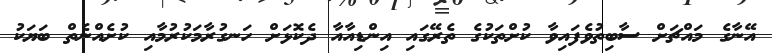
އޭނާގެ މައްޗަށް ސާބިތުވެފައިވާ ކުށްތަކުގެ ތެރޭގައި އިންޑިއާއާ ދެކޮޅަށް ހަނގުރާމަކުރުމާއި ކުށެއްނެތް ބަޔަކު